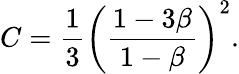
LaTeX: C=\frac{1}{3}\left(\frac{1-3\beta}{1-\beta}\right)^{2}.